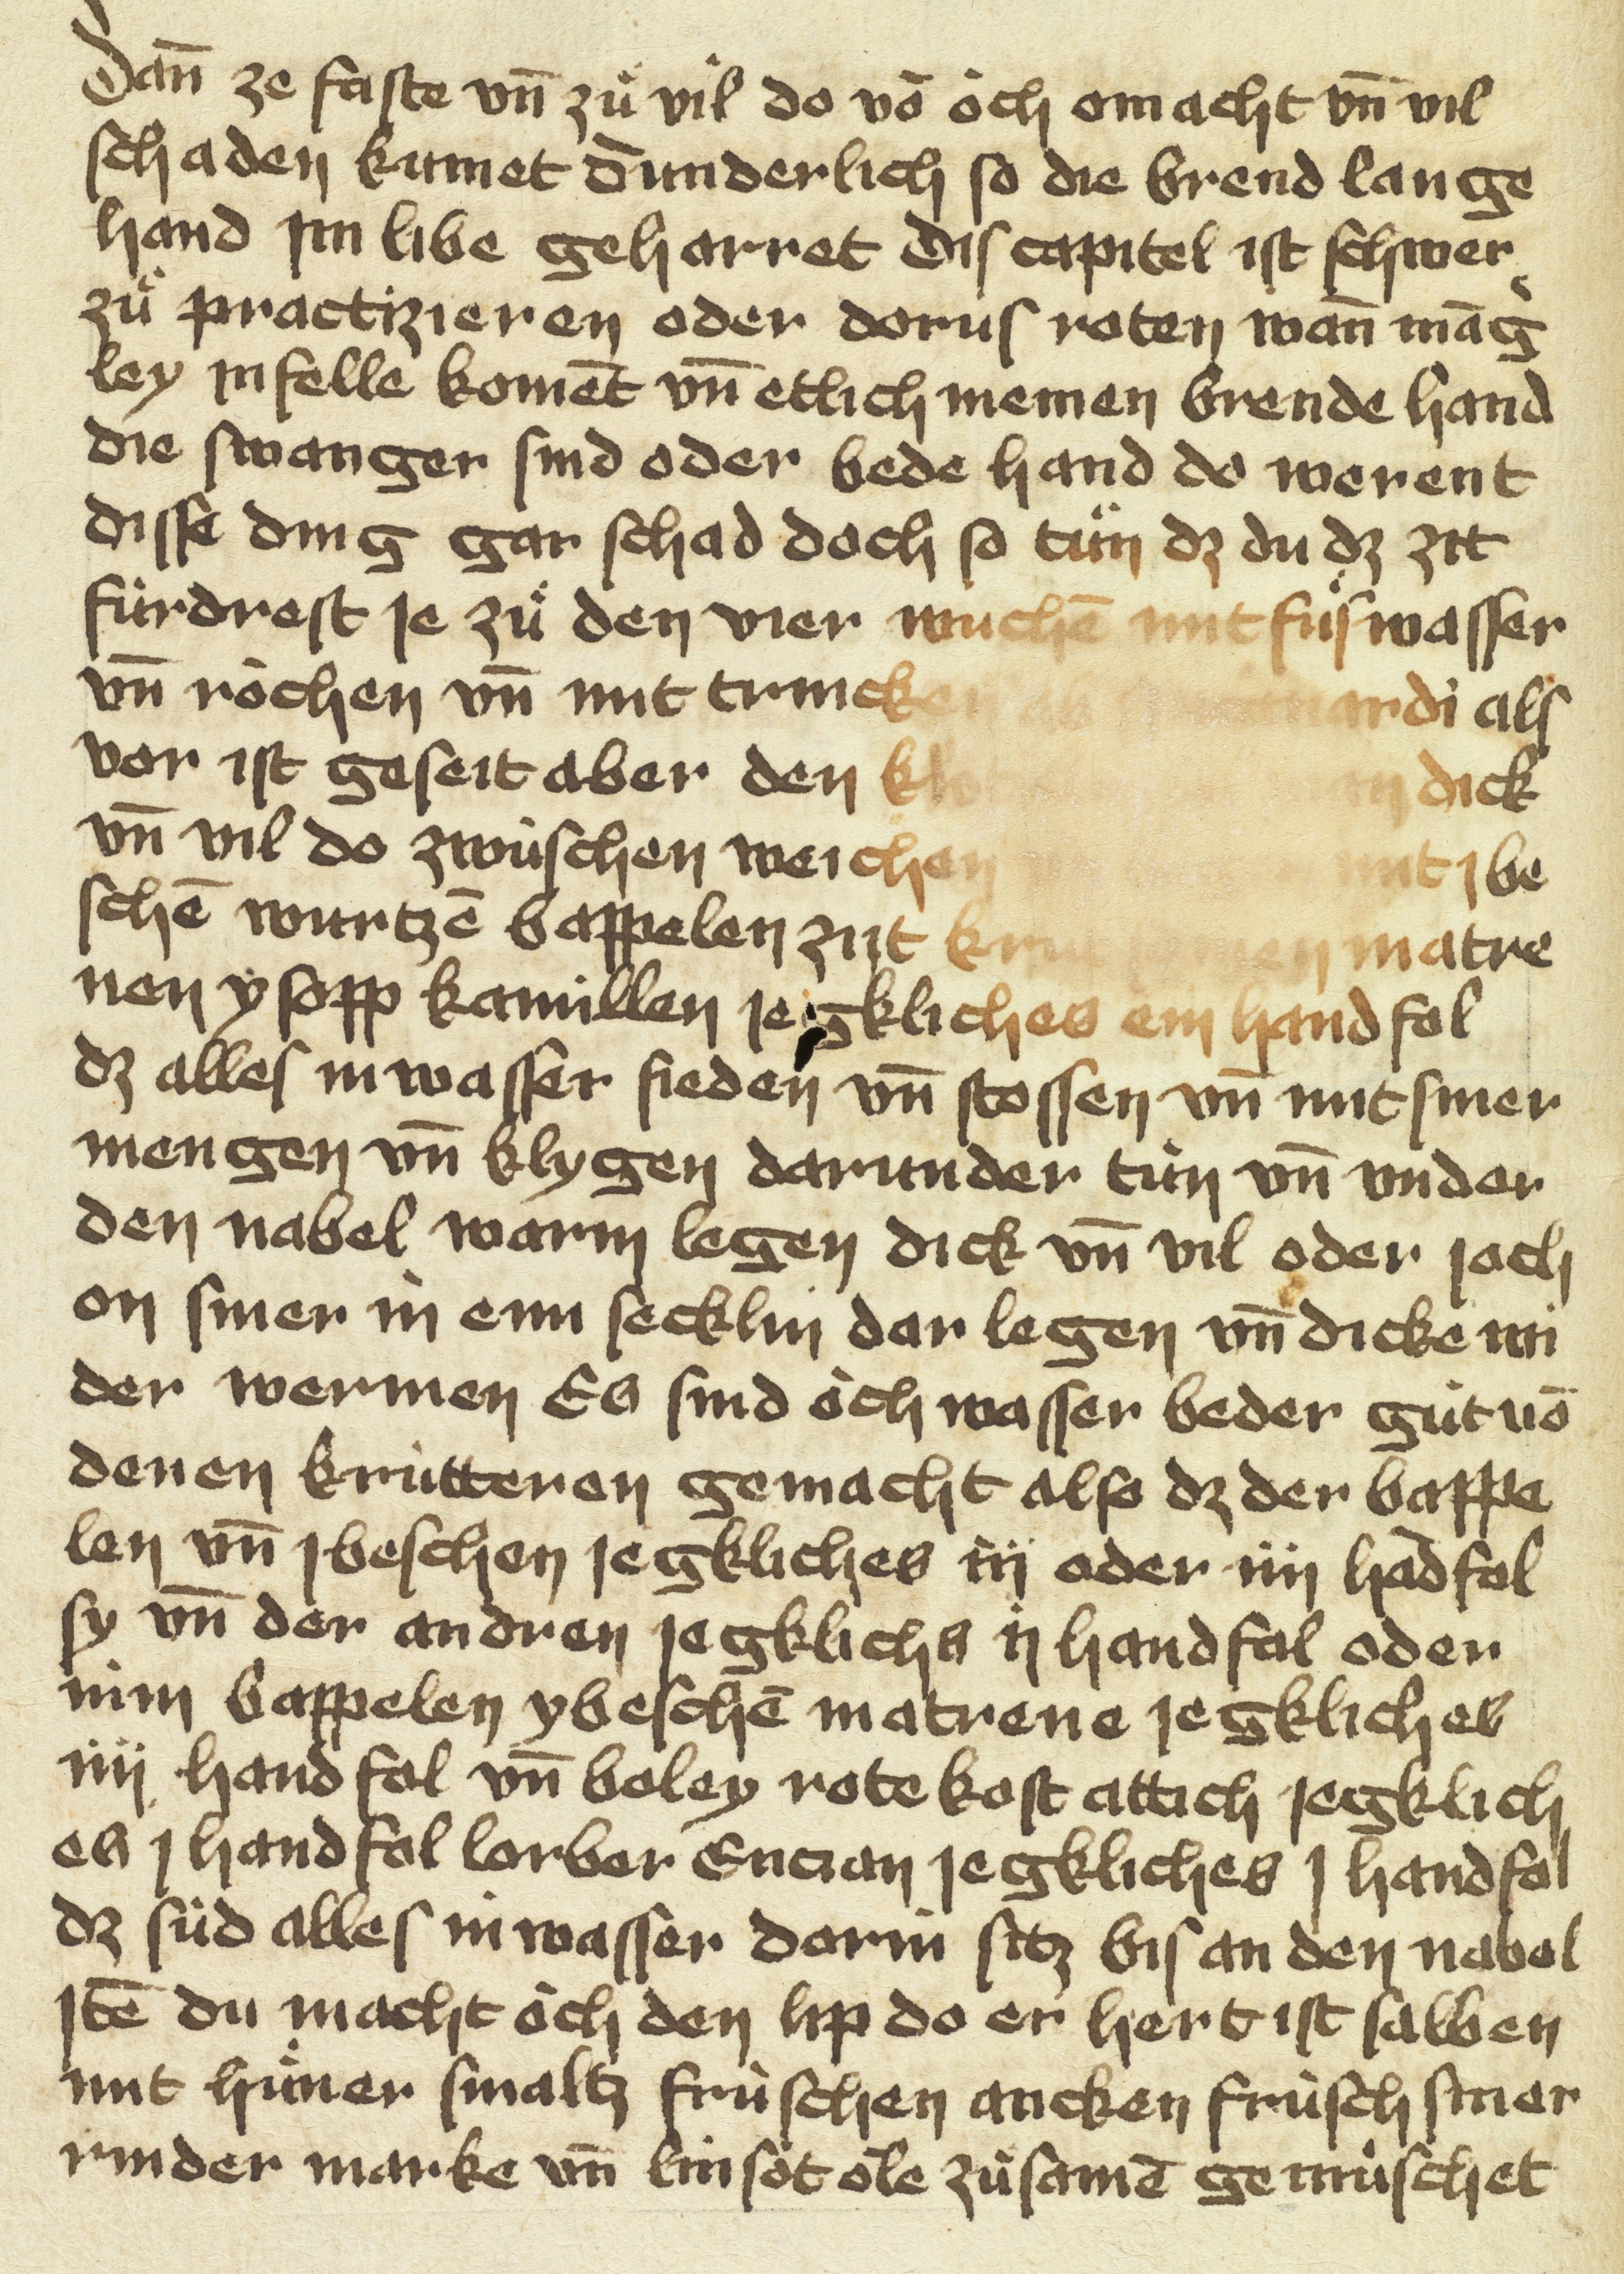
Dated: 1475–1499